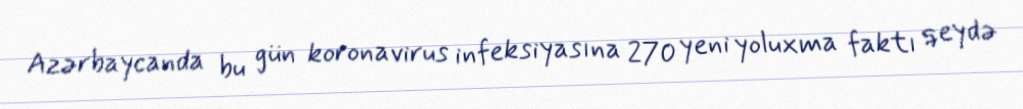
Azərbaycanda bu gün koronavirus infeksiyasına 270 yeni yoluxma faktı qeydə